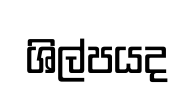
ශිල්පයද